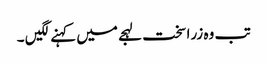
تب وہ زرا سخت لہجے میں کہنے لگیں ۔